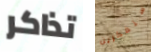
تذاكر ستفكرين